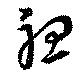
聽